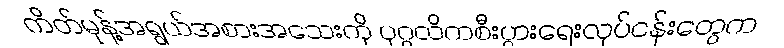
ကိတ်မုန့်အရွယ်အစားအသေးကို ပုဂ္ဂလိကစီးပွားရေးလုပ်ငန်းတွေက